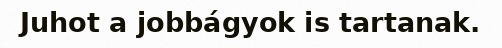
Juhot a jobbágyok is tartanak.